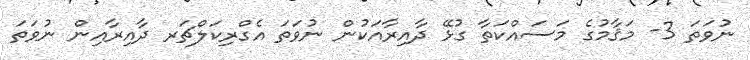
ނުވަތަ 3- މަޤާމުގެ މަސައްކަތާ ގުޅޭ ދާއިރާއަކުން ނުވަތަ އެގްރިކަލްޗަރ ދާއިރާއިން ނުވަތަ